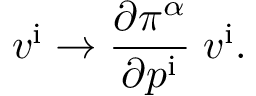
v ^ { \mathrm { i } } \rightarrow { \frac { \partial \pi ^ { \alpha } } { \partial p ^ { \mathrm { i } } } } \; v ^ { \mathrm { i } } .